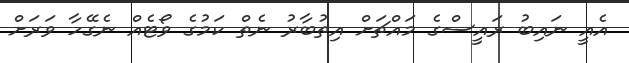
އެއީ ނައިބު ރައީސްގެ މައްޗަށް އިތުބާރު ނެތް ކަމުގެ ވޯޓެއް ނެގޭހާ ވަރަށް